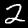
Digit: 2